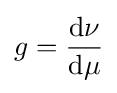
g={\frac {\mathrm {d} \nu }{\mathrm {d} \mu }}